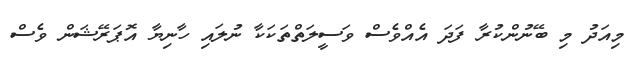
މިއަދު މި ބޭނުންކުރާ ފަދަ އެއްވެސް ވަސީލަތްތަކަކާ ނުލައި ހާނިޔާ އޮޕަރޭޝަން ވެސް